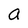
Character: a